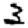
Digit: 3